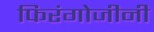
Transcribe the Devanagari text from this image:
फिरंगोजीनी